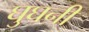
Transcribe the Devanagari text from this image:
घुघनी